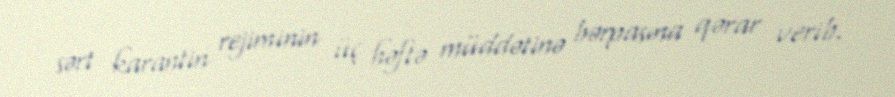
sərt karantin rejiminin üç həftə müddətinə bərpasına qərar verib.